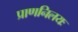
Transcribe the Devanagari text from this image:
प्राणनिलयः